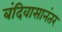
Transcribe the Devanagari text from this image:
बंदिवासानंतर